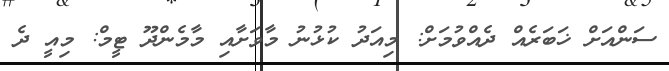
ސަންއަށް ޚަބަރެއް ދެއްވުމަށް: މިއަދު ކުޅުނު މާވަށާއި މާމެންދޫ ޓީމް: މިއީ ދެ